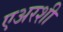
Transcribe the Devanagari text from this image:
एअरशी